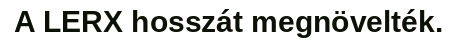
A LERX hosszát megnövelték.